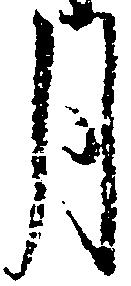
月